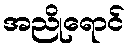
အညိုရောင်